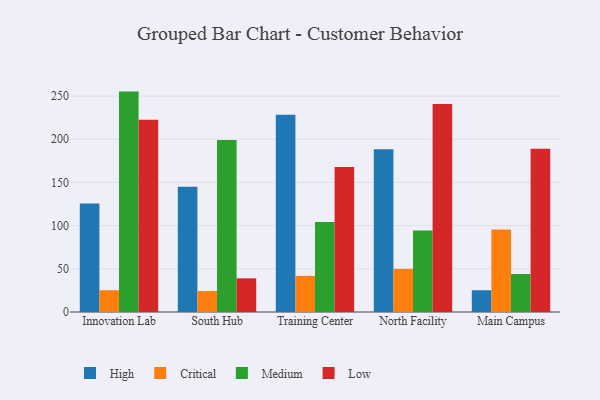
{"axis": {"x": "Campus", "y": "Page Views"}, "legend": ["Critical", "High", "Low", "Medium"], "data": [{"x": "Innovation Lab", "y": 125.7, "type": "High"}, {"x": "Innovation Lab", "y": 25.2, "type": "Critical"}, {"x": "Innovation Lab", "y": 255.2, "type": "Medium"}, {"x": "Innovation Lab", "y": 222.5, "type": "Low"}, {"x": "South Hub", "y": 145.0, "type": "High"}, {"x": "South Hub", "y": 24.3, "type": "Critical"}, {"x": "South Hub", "y": 199.3, "type": "Medium"}, {"x": "South Hub", "y": 39.0, "type": "Low"}, {"x": "Training Center", "y": 228.3, "type": "High"}, {"x": "Training Center", "y": 41.8, "type": "Critical"}, {"x": "Training Center", "y": 104.2, "type": "Medium"}, {"x": "Training Center", "y": 168.0, "type": "Low"}, {"x": "North Facility", "y": 188.4, "type": "High"}, {"x": "North Facility", "y": 49.9, "type": "Critical"}, {"x": "North Facility", "y": 94.4, "type": "Medium"}, {"x": "North Facility", "y": 240.7, "type": "Low"}, {"x": "Main Campus", "y": 25.2, "type": "High"}, {"x": "Main Campus", "y": 95.6, "type": "Critical"}, {"x": "Main Campus", "y": 44.0, "type": "Medium"}, {"x": "Main Campus", "y": 189.0, "type": "Low"}]}